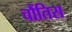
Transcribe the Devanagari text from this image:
चौंतिस